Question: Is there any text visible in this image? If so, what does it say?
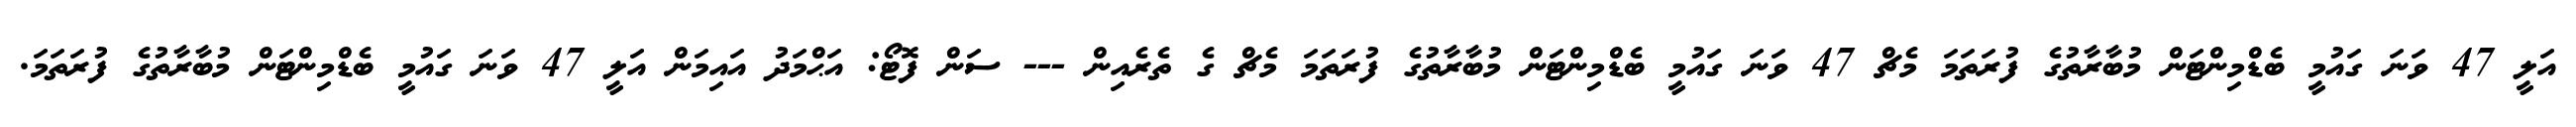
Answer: އަލީ 47 ވަނަ ގައުމީ ބެޑްމިންޓަން މުބާރާތުގެ ފުރަތަމަ މެޗް 47 ވަނަ ގައުމީ ބެޑްމިންޓަން މުބާރާތުގެ ފުރަތަމަ މެޗް ގެ ތެރެއިން --- ސަން ފޮޓޯ: އަޙްމަދު އައިމަން އަލީ 47 ވަނަ ގައުމީ ބެޑްމިންޓަން މުބާރާތުގެ ފުރަތަމަ.